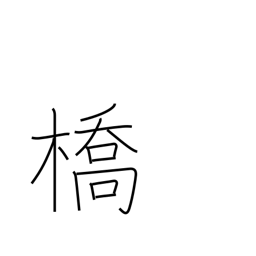
Meaning: bridge